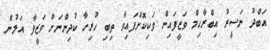
އަބްދު ނަސީރު އިބްރާހިމް ވަޒީފައިން ވަކިކޮށްފައިވާ ތިބި ހުރިހާ ކުދިންނަށް ވަޒީފާ އަލުން